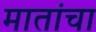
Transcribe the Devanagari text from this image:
मातांचा